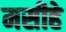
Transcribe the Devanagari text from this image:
मसीहे